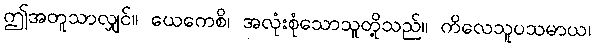
ဤအတူသာလျှင်။ ယေကေစိ၊ အလုံးစုံသောသူတို့သည်။ ကိလေသူပသမာယ၊